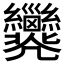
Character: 𢀐